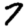
Digit: 7